Civil Veterinary Department Bihar & Orissa reports 1929-36 - 1929-1936
Year: 1929
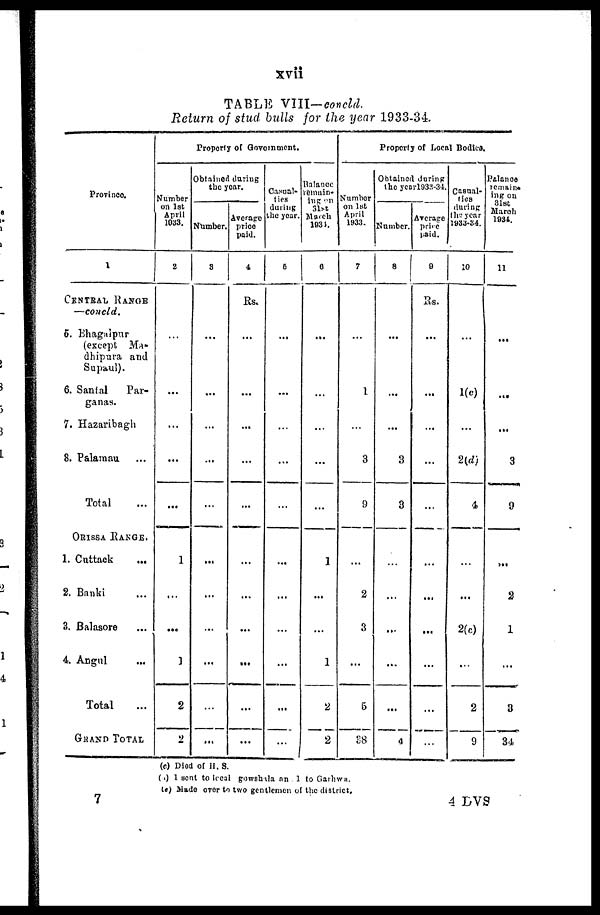
xvii
TABLE VIII—concld.
Return of stud bulls for the year 1933-34.
Province.
1
CENTRAL
RANGE.
—concld.
5. Bhagalpur
(except Ma-
dhipura and
Supaul).
6. Santal Par-
ganas.
7. Hazaribagh
8. Palamau ...
Total ...
ORISSA RANGE.
1. Cuttack ...
2. Banki ...
3. Balasore ...
4. Angul ...
Total ...
GRAND TOTAL ...
Property
of Government.
Number
on 1st
April
1033.
2
...
...
...
...
...
1
...
...
1
2
2
Obtained during
the year.
Number.
3
...
...
...
...
...
...
...
...
...
...
...
Average
price
paid.
4
Rs.
...
...
...
...
...
...
...
...
...
...
...
Casual-
ties
during
the year.
6
...
...
...
...
...
...
...
...
...
...
...
Balance
remain-
ing on
31st
March
1934.
0
...
...
...
...
...
1
...
...
1
2
2
Property of Local Bodies.
Number
on 1st
April
1933.
7
...
1
...
3
9
...
2
3
...
5
38
Obtained
during
the year1933-34.
Number.
8
...
...
...
3
3
...
...
...
...
...
4
Average
price
paid.
0
Rs.
...
...
...
...
...
...
...
...
...
...
...
Casual-
ties
during
the year
1933-34.
10
...
1(c)
...
2(d)
4
...
...
2(c)
...
2
9
Balance
remain-
ing on
31st
March
1934.
11
...
...
...
3
9
...
2
1
...
3
34
(c) Died of II. 8.
(d) 1 sent to local gowshala an 1 to Garhwa.
(e) Made over to two gentlemen of the district.
4 DVS
7